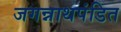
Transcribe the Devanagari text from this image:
जगन्नाथपंडित